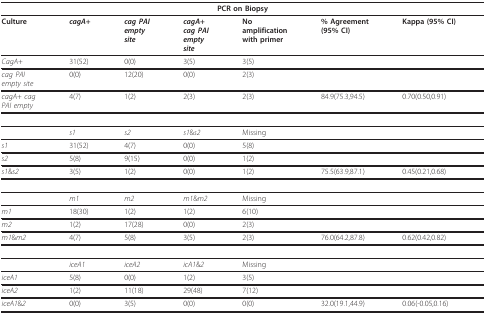
<table><thead><tr><td colspan="7"><b>PCR on Biopsy</b></td></tr></thead><tbody><tr><td><b>Culture</b></td><td><b><i>cagA</i>+</b></td><td><b><i>cag PAI</i></b><b><i>empty</i></b><b><i>site</i></b></td><td><b><i>cagA</i>+</b><b><i>cag PAI</i></b><b><i>empty</i></b><b><i>site</i></b></td><td><b>No</b><b>amplification</b><b>with primer</b></td><td><b>% Agreement</b><b>(95% CI)</b></td><td><b>Kappa (95% CI)</b></td></tr><tr><td><i>CagA</i>+</td><td>31(52)</td><td>0(0)</td><td>3(5)</td><td>3(5)</td><td></td><td></td></tr><tr><td><i>cag PAI</i><i>empty site</i></td><td>0(0)</td><td>12(20)</td><td>0(0)</td><td>2(3)</td><td></td><td></td></tr><tr><td><i>cagA</i>+ <i>cag</i><i>PAI empty</i></td><td>4(7)</td><td>1(2)</td><td>2(3)</td><td>2(3)</td><td>84.9(75.3,94.5)</td><td>0.70(0.50,0.91)</td></tr><tr><td></td><td><i>s1</i></td><td><i>s2</i></td><td><i>s1</i>&amp;<i>s2</i></td><td>Missing</td><td></td><td></td></tr><tr><td><i>s1</i></td><td>31(52)</td><td>4(7)</td><td>0(0)</td><td>5(8)</td><td></td><td></td></tr><tr><td><i>s2</i></td><td>5(8)</td><td>9(15)</td><td>0(0)</td><td>1(2)</td><td></td><td></td></tr><tr><td><i>s1</i>&amp;<i>s2</i></td><td>3(5)</td><td>1(2)</td><td>0(0)</td><td>1(2)</td><td>75.5(63.9,87.1)</td><td>0.45(0.21,0.68)</td></tr><tr><td></td><td><i>m1</i></td><td><i>m2</i></td><td><i>m1</i>&amp;<i>m2</i></td><td>Missing</td><td></td><td></td></tr><tr><td><i>m1</i></td><td>18(30)</td><td>1(2)</td><td>1(2)</td><td>6(10)</td><td></td><td></td></tr><tr><td><i>m2</i></td><td>1(2)</td><td>17(28)</td><td>0(0)</td><td>2(3)</td><td></td><td></td></tr><tr><td><i>m1</i>&amp;<i>m2</i></td><td>4(7)</td><td>5(8)</td><td>3(5)</td><td>2(3)</td><td>76.0(64.2,87.8)</td><td>0.62(0.42,0.82)</td></tr><tr><td></td><td><i>iceA1</i></td><td><i>iceA2</i></td><td><i>icA1</i>&amp;<i>2</i></td><td>Missing</td><td></td><td></td></tr><tr><td><i>iceA1</i></td><td>5(8)</td><td>0(0)</td><td>1(2)</td><td>3(5)</td><td></td><td></td></tr><tr><td><i>iceA2</i></td><td>1(2)</td><td>11(18)</td><td>29(48)</td><td>7(12)</td><td></td><td></td></tr><tr><td><i>iceA1</i>&amp;<i>2</i></td><td>0(0)</td><td>3(5)</td><td>0(0)</td><td>0(0)</td><td>32.0(19.1,44.9)</td><td>0.06(-0.05,0.16)</td></tr></tbody></table>